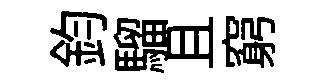
鈞騮且窮